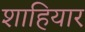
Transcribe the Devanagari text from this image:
शाहियार